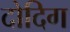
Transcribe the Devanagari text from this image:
दोदिग